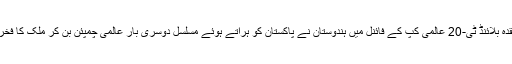
اسی ماہ منعقدہ بلائنڈ ٹی-20 عالمی کپ کے فائنل میں ہندوستان نے پاکستان کو ہراتے ہوئے مسلسل دوسری بار عالمی چمپئن بن کر ملک کا فخر بڑھایا ہے۔